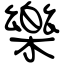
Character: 樂